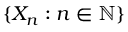
\{ X _ { n } : n \in \mathbb { N } \}